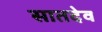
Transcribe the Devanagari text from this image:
सातदेव